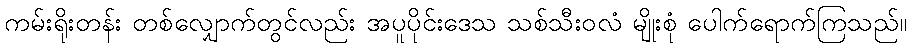
ကမ်းရိုးတန်း တစ်လျှောက်တွင်လည်း အပူပိုင်းဒေသ သစ်သီးဝလံ မျိုးစုံ ပေါက်ရောက်ကြသည်။